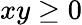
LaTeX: xy\ge 0